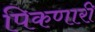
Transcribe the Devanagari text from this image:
पिकणारी